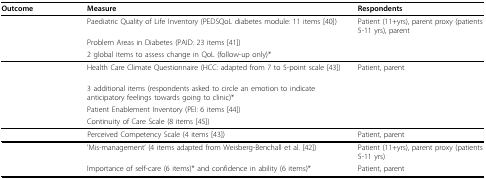
<table><thead><tr><td><b>Outcome</b></td><td><b>Measure</b></td><td><b>Respondents</b></td></tr></thead><tbody><tr><td>[EMPTY_CELL]</td><td>Paediatric Quality of Life Inventory (PEDSQoL diabetes module: 11 items [40])</td><td>Patient (11+yrs), parent proxy (patients 5-11 yrs), parent</td></tr><tr><td>[EMPTY_CELL]</td><td>Problem Areas in Diabetes (PAID: 23 items [41])</td><td>[EMPTY_CELL]</td></tr><tr><td>[EMPTY_CELL]</td><td>2 global items to assess change in QoL (follow-up only)*</td><td>[EMPTY_CELL]</td></tr><tr><td>[EMPTY_CELL]</td><td>Health Care Climate Questionnaire (HCC: adapted from 7 to 5-point scale [43])</td><td>Patient, parent</td></tr><tr><td>[EMPTY_CELL]</td><td>3 additional items (respondents asked to circle an emotion to indicate anticipatory feelings towards going to clinic)*</td><td>[EMPTY_CELL]</td></tr><tr><td>[EMPTY_CELL]</td><td>Patient Enablement Inventory (PEI: 6 items [44])</td><td>[EMPTY_CELL]</td></tr><tr><td>[EMPTY_CELL]</td><td>Continuity of Care Scale (8 items [45])</td><td>[EMPTY_CELL]</td></tr><tr><td>[EMPTY_CELL]</td><td>Perceived Competency Scale (4 items [43])</td><td>Patient, parent</td></tr><tr><td>[EMPTY_CELL]</td><td>'Mis-management' (4 items adapted from Weisberg-Benchall et al. [42])</td><td>Patient (11+yrs), parent proxy (patients 5-11 yrs)</td></tr><tr><td>[EMPTY_CELL]</td><td>Importance of self-care (6 items)* and confidence in ability (6 items)*</td><td>Patient, parent</td></tr></tbody></table>